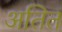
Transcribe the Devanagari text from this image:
अतित